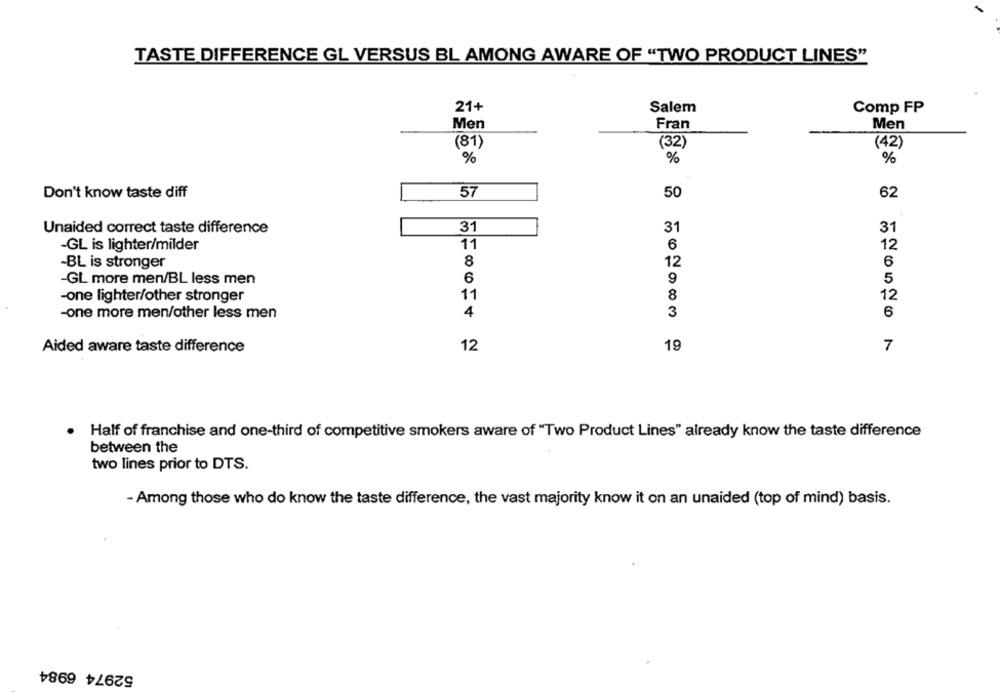
TASTE DIFFERENCE GL VERSUS BL AMONG AWARE OF "TWO PRODUCT LINES"
21+
Salem
Comp FP
Men
Fran
Men
(81)
(42)
(32)
%
%
%
57
50
62
Don't know taste diff
31
31
31
Unaided correct taste difference
-GL is lighter/milder
11
6
12
8
12
-BL is stronger
6
GL more men/BL less men
6
9
5
-one lighter/other stronger
11
8
12
4
3
-one more men/other less men
6
Aided aware taste difference
12
19
7
Half of franchise and one-third of competitive smokers aware of "Two Product Lines" already know the taste difference
between the
two lines prior to DTS.
- Among those who do know the taste difference, the vast majority know it on an unaided (top of mind) basis.
52974 6984